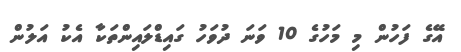
އޭގެ ފަހުން މި މަހުގެ 10 ވަނަ ދުވަހު ގައިޑްލައިންތަކާ އެކު އަލުން